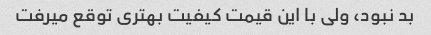
بد نبود، ولی با این قیمت کیفیت بهتری توقع میرفت